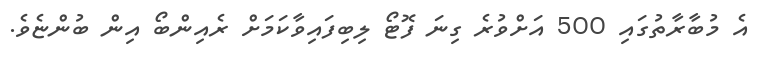
އެ މުބާރާތުގައި 500 އަށްވުރެ ގިނަ ފޮޓޯ ލިބިފައިވާކަމަށް ރެއިންބޯ އިން ބުންޏެވެ.